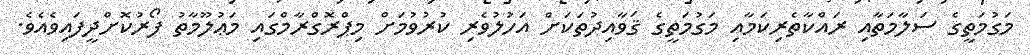
މަގުމަތީގެ ސަލާމަތާއި ރައްކާތެރިކަމާއި މަގުމަތީގެ ޤަވާއިދުތަކަށް އަހުލުވެރި ކުރުވުމަށް މިޕްރޮގްރާމްގައި މަޢުލޫމާތު ފޯރުކޮށްދީފައިވެއެވެ.